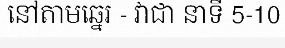
នៅតាមឆ្នេរ - វាជា នាទី 5-10